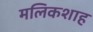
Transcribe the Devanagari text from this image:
मलिकशाह